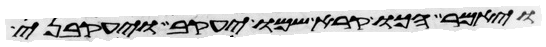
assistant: ויאמר הכו קרא שמו יעקב ויעקבני